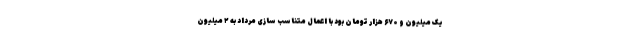
یک میلیون و ۶۷۰ هزار تومان بود با اعمال متناسب سازی مرداد به ۲ میلیون